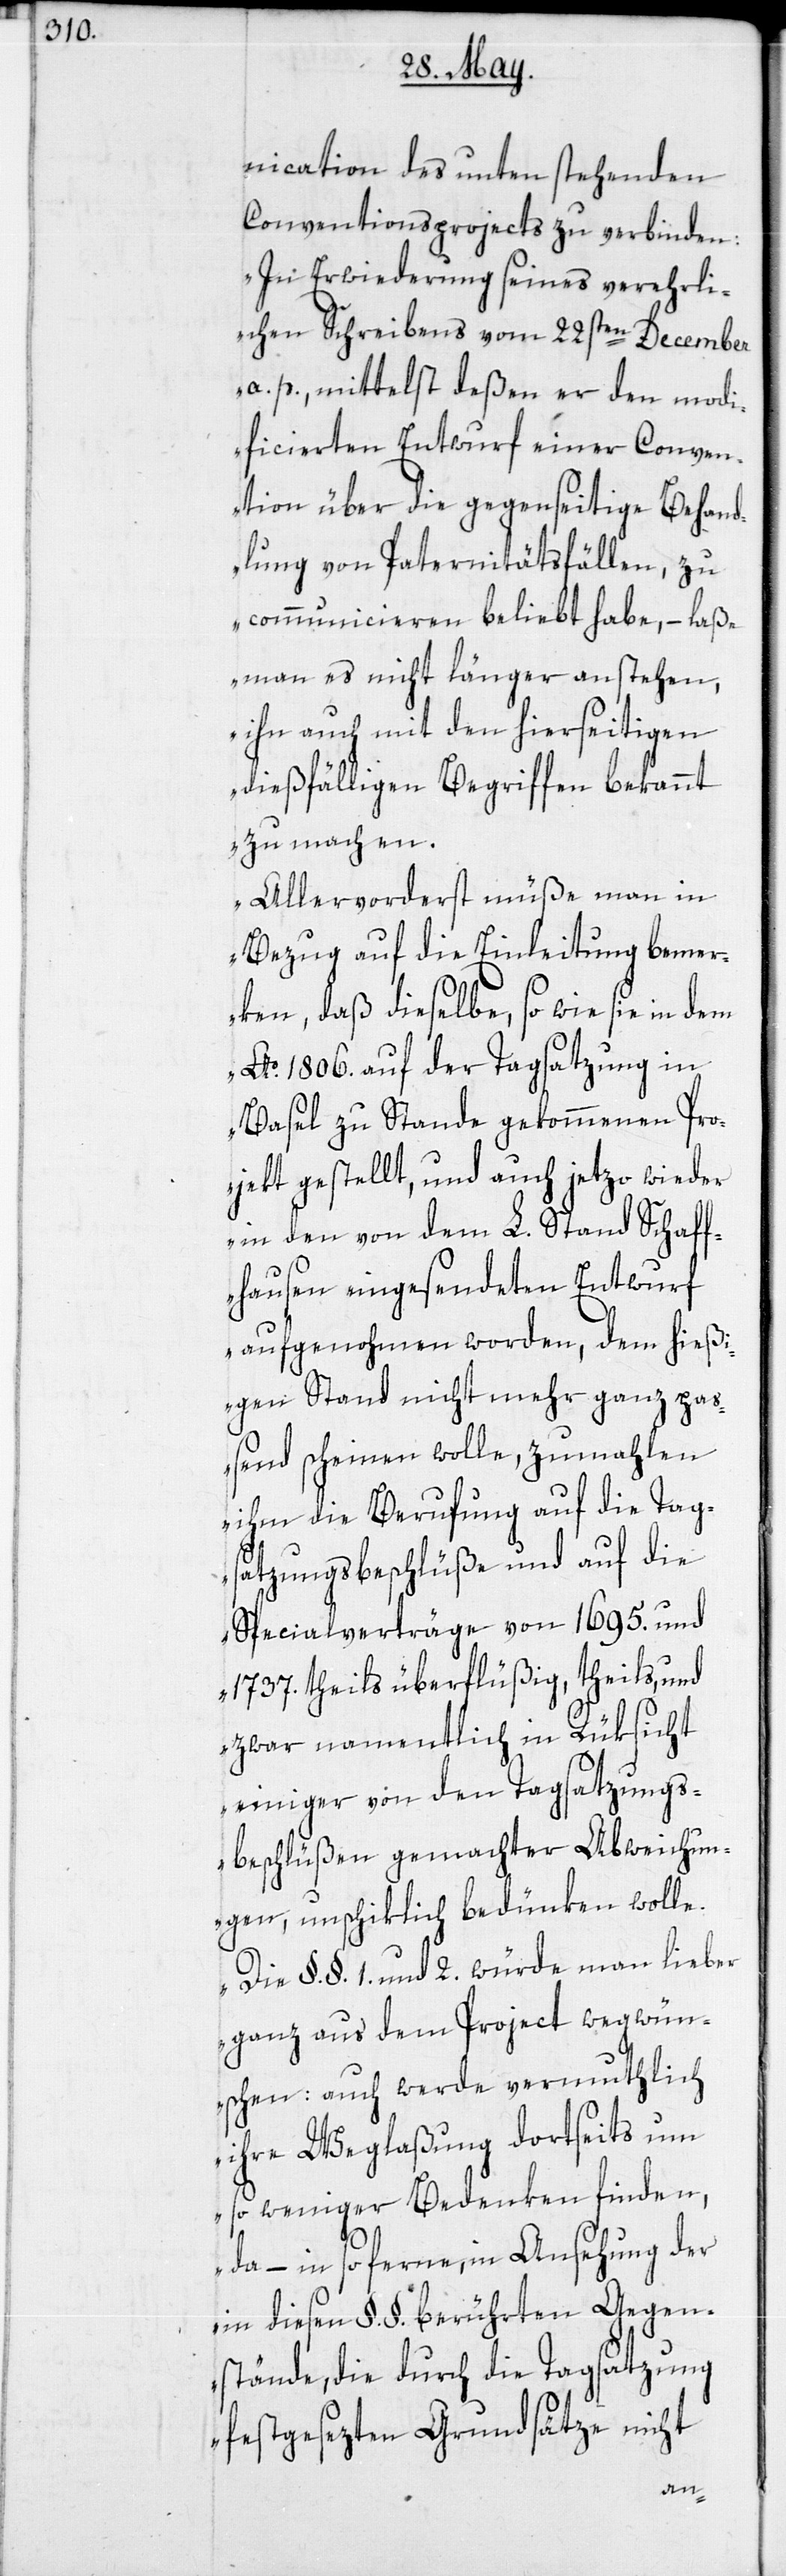
nication des unten stehenden
Conventionsprojects zu verbinden:
„In Erwiederung seines verehrli¬
chen Schreibens vom 22sten December
a. p., mittelst deßen er den modi¬
ficierten Entwurf einer Conven¬
tion über die gegenseitige Behand¬
lung von Paternitätsfällen, zu
communicieren beliebt habe, – laße
man es nicht länger anstehen,
ihn auch mit den hierseitigen
dießfälligen Begriffen bekannt
zu machen.
Allervorderst müße man in
Bezug auf die Einleitung bemer¬
ken, daß dieselbe, so wie sie in dem
Ao 1806. auf der Tagsatzung in
Basel zustande gekommenen Pro¬
jekt gestellt, und auch jetzo wieder
in den von dem L. Stand Schaff¬
hausen eingesendeten Entwurf
aufgenohmen worden, dem hieß¬
igen Stand nicht mehr ganz pas¬
send scheinen wolle, zumahlen
ihm die Berufung auf die Tag¬
satzungsbeschlüße und auf die
Specialverträge von 1695. und
1737. theils überflüßig, theils, und
zwar namentlich in Rüksicht
einiger von den Tagsatzungs¬
beschlüßen gemachter Abweichun¬
gen, unschiklich bedünken wolle.
Die §.§. 1. und 2. würde man lieber
ganz aus dem Project wegwün¬
schen: auch werde vermuthlich
ihre Weglaßung dortseits um
so weniger Bedenken finden,
da – in so ferne, in Ansehung der
in diesen §.§. berührten Gegen¬
stände, die durch die Tagsatzung
festgesezten Grundsätze nicht